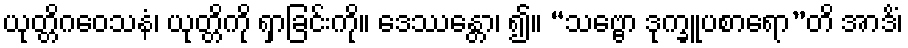
ယုတ္တိဂဝေသနံ၊ ယုတ္တိကို ရှာခြင်းကို။ ဒေဿန္တော၊ ၍။ “သဗ္ဗော ဒုက္ခူပစာရော”တိ အာဒိံ၊